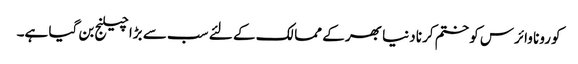
کورونا وائرس کو ختم کرنا دنیا بھر کے ممالک کے لئے سب سے بڑا چیلنج بن گیا ہے۔